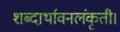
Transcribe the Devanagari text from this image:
शब्दार्थावनलंकृती।